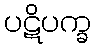
ပဋိပက္ခ